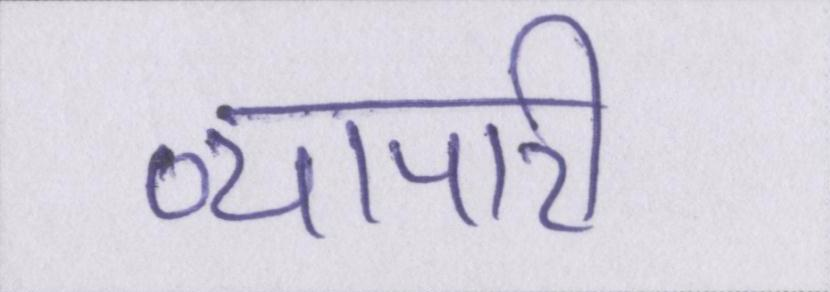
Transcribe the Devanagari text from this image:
व्यापारी